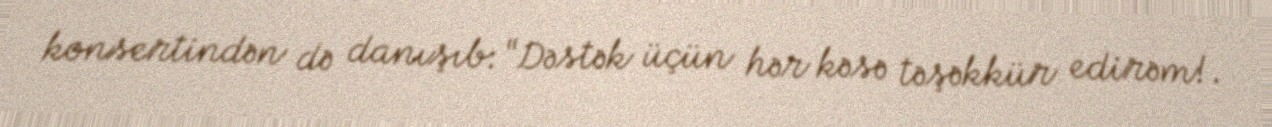
konsertindən də danışıb: “Dəstək üçün hər kəsə təşəkkür edirəm!.